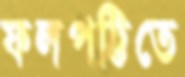
ফলপট্টিতে